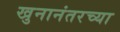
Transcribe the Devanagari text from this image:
खुनानंतरच्या